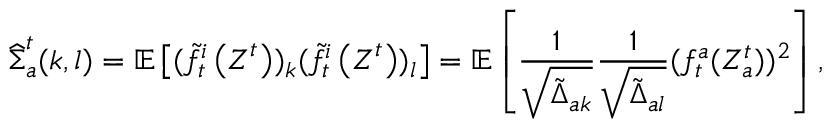
\widehat { \boldsymbol { \Sigma } } _ { a } ^ { t } ( k , l ) = \mathbb { E } \left[ ( \tilde { f } _ { t } ^ { i } \left( \boldsymbol { Z } ^ { t } \right) ) _ { k } ( \tilde { f } _ { t } ^ { i } \left( \boldsymbol { Z } ^ { t } \right) ) _ { l } \right] = \mathbb { E } \left[ \frac { 1 } { \sqrt { \tilde { \boldsymbol { \Delta } } _ { a k } } } \frac { 1 } { \sqrt { \tilde { \boldsymbol { \Delta } } _ { a l } } } ( f _ { t } ^ { a } ( Z _ { a } ^ { t } ) ) ^ { 2 } \right] ,